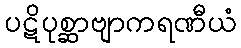
ပဋိပုစ္ဆာဗျာကရဏီယံ